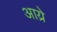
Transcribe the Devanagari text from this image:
आय्रे